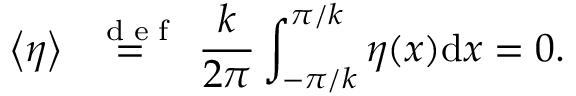
\left< \eta \right> \stackrel { \mathrm { ~ \tiny ~ { ~ d ~ e ~ f ~ } ~ } } { = } \frac { k } { 2 \pi } \int _ { - \pi / k } ^ { \pi / k } \eta ( x ) \mathrm { d } x = 0 .